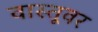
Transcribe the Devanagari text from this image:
वास्तूवर